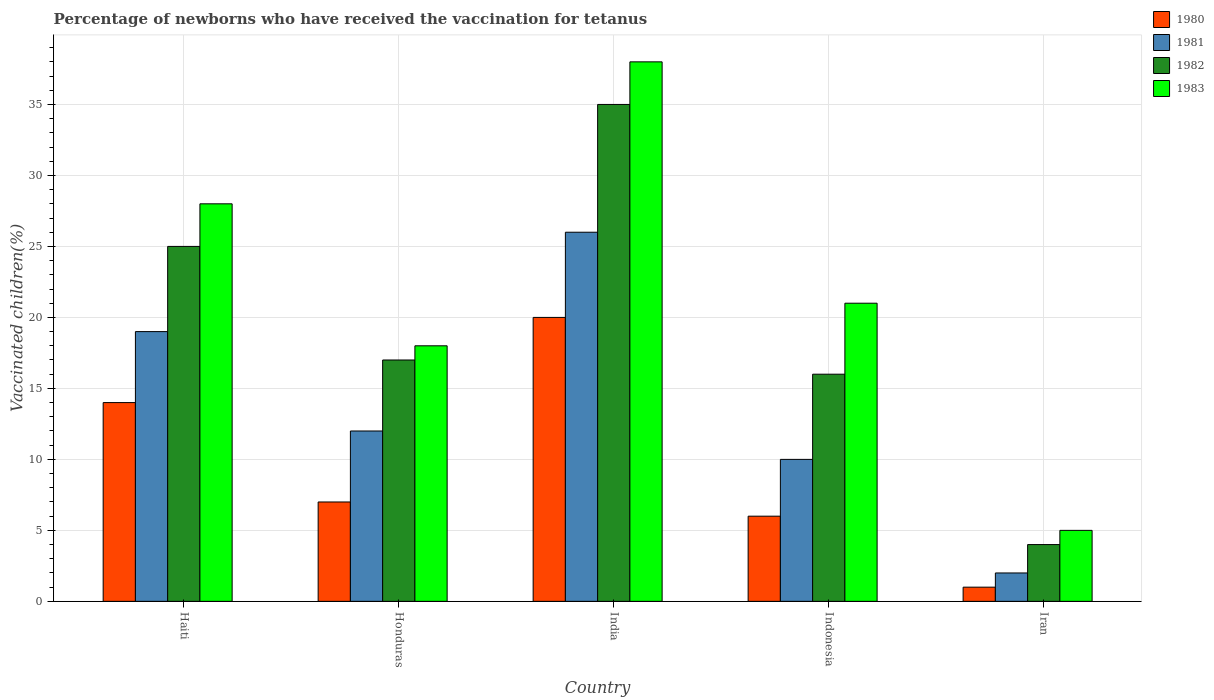
| Country | 1980 | 1981 | 1982 | 1983 |
 | --- | --- | --- | --- | --- |
 | Haiti | 14 | 19 | 25 | 28 |
 | Honduras | 7 | 12 | 17 | 18 |
 | India | 20 | 26 | 35 | 38 |
 | Indonesia | 6 | 10 | 16 | 21 |
 | Iran | 1 | 2 | 4 | 5 |